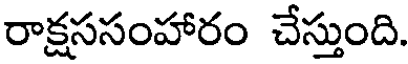
రాక్షససంహారం చేస్తుంది.